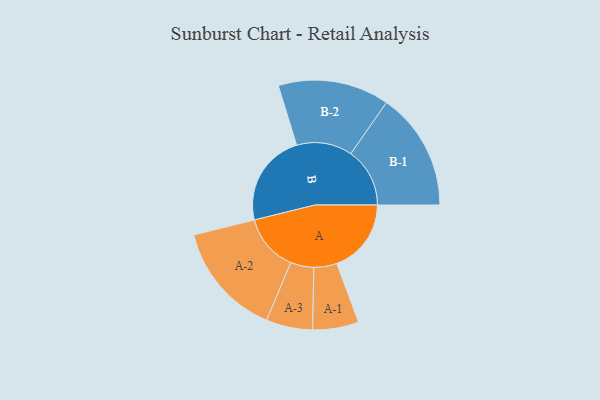
{"axis": {"x": "Segment", "y": "Value"}, "legend": ["", "A", "B"], "data": [{"x": "A", "y": 356, "type": ""}, {"x": "B", "y": 444, "type": ""}, {"x": "A-1", "y": 110, "type": "A"}, {"x": "A-2", "y": 273, "type": "A"}, {"x": "A-3", "y": 111, "type": "A"}, {"x": "B-1", "y": 282, "type": "B"}, {"x": "B-2", "y": 266, "type": "B"}]}